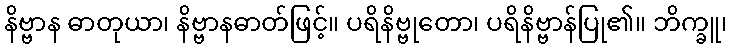
နိဗ္ဗာန ဓာတုယာ၊ နိဗ္ဗာနဓာတ်ဖြင့်။ ပရိနိဗ္ဗုတော၊ ပရိနိဗ္ဗာန်ပြု၏။ ဘိက္ခူ၊